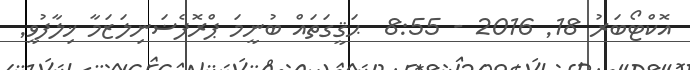
އޮކްޓޯބަރު 18